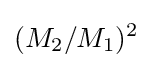
(M_{2}/M_{1})^{2}